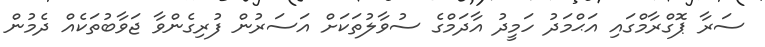
ސަރާ ޕޮގްރާމްގައި އަޙްމަދު ހަމީދު އާދަމްގެ ސުވާލުތަކަށް އަސަރުން ފުރިގެންވާ ޖަވާބުތަކެއް ދެމުން